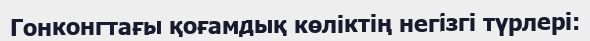
Гонконгтағы қоғамдық көліктің негізгі түрлері: